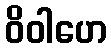
ဝိဝါဟေ